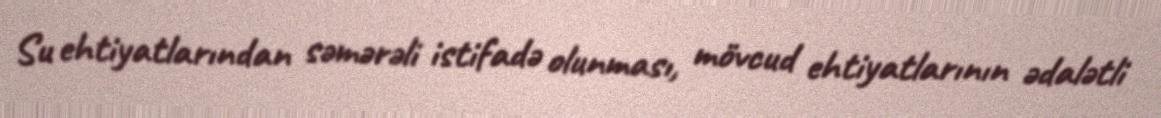
Su ehtiyatlarından səmərəli istifadə olunması, mövcud ehtiyatlarının ədalətli